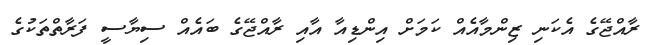
ރާއްޖޭގެ އެކަނި ޒިންމާއެއް ކަމަށް އިންޑިއާ އާއި ރާއްޖޭގެ ބައެއް ސިޔާސީ ފަރާތްތަކުގެ